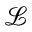
\mathcal { L }